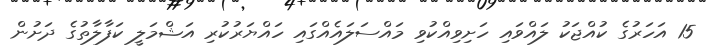
15 އަހަރުގެ ކުއްޖަކު ލައްވައި ހަށިވިއްކުވި މައްސަލައެއްގައި ހައްޔަރުކުރި އަޝްމަލީ ކަފާލާތުގެ ދަށުން